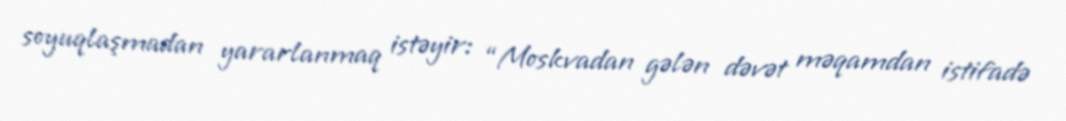
soyuqlaşmadan yararlanmaq istəyir: “Moskvadan gələn dəvət məqamdan istifadə